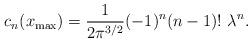
LaTeX: \begin{align*}c_n (x_{{\rm max}}) = {1 \over 2 \pi^{3/2}} (-1)^n (n-1)! \ \lambda^n .\end{align*}